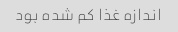
اندازه غذا کم شده بود